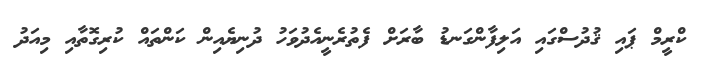
ކްރީމް ޕައި ޤުދުސްގައި އަލިފާންގަނޑު ބާރަށް ފެތުރެނީއެދުވަހު ދުނިޔެއިން ކަންތައް ކުރިގޮތާއި މިއަދު